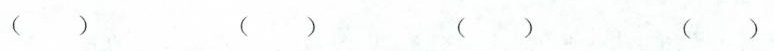
（ ）（ ）（ ）（ ）